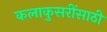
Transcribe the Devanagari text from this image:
कलाकुसरींसाठी